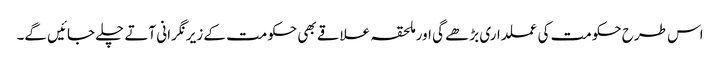
اس طرح حکومت کی عملداری بڑھے گی اور ملحقہ علاقے بھی حکومت کے زیرنگرانی آتے چلے جائیں گے۔